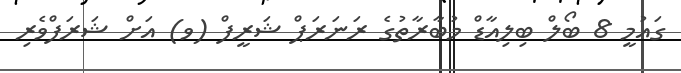
ގައުމީ 8 ބޯލް ބިލިއާޑް މުބާރާތުގެ ރަނަރަޕް ޝަރީފް (ވ) އަށް ޝަރަފްވެރި